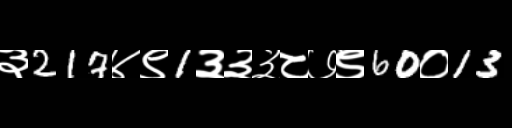
Text: ३217४९1३३३८७९60०13